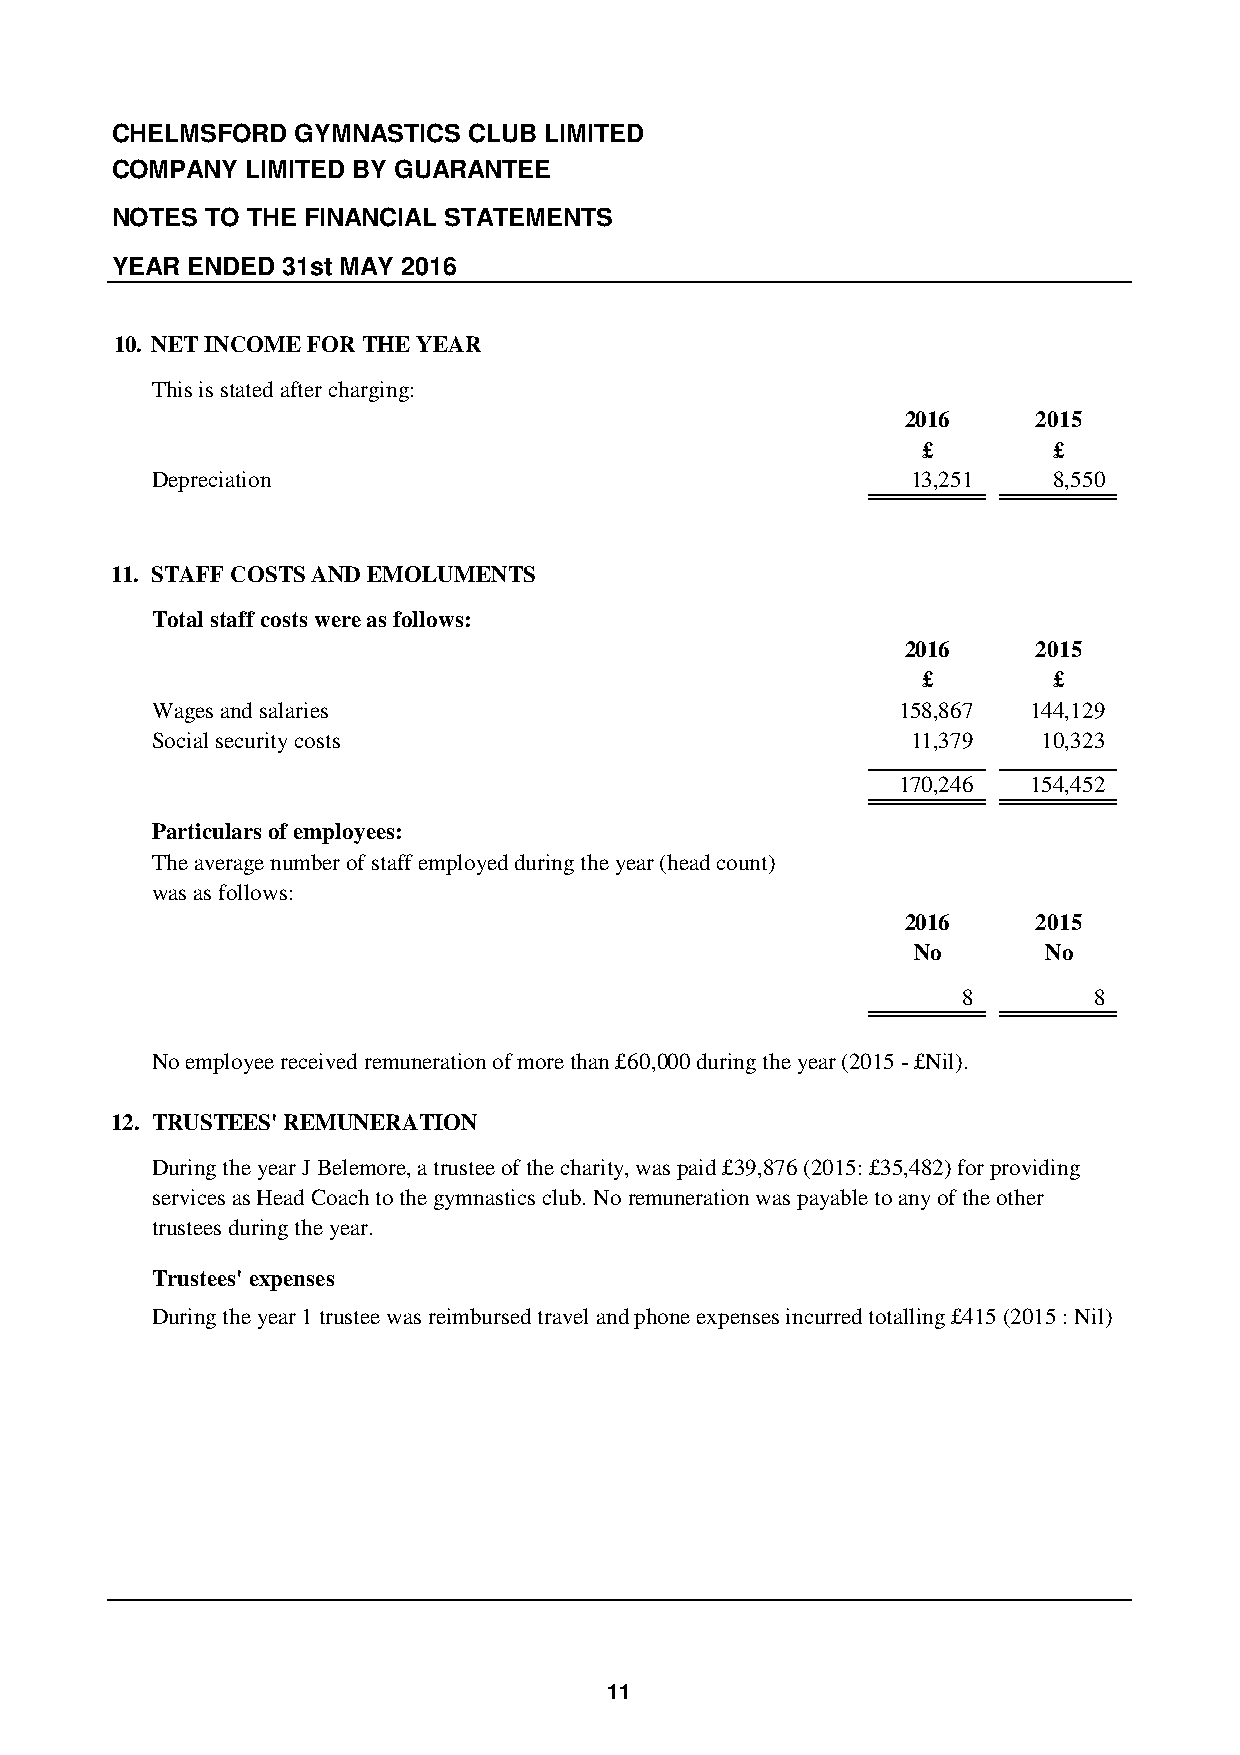
CHELMSFORD   GYMNASTICS CLUB LIMITED
 COMPANY  LIMITED BY GUARANTEE
 NOTES  TO THE FINANCIAL STATEMENTS
 YEAR ENDED  31st MAY 2016
 10. NET INCOME FOR THE YEAR
 This is stated after charging:
 2016     2015
 £        £
 Depreciation                                      13,251    8,550
 11. STAFF COSTS AND EMOLUMENTS
 Total staff costs were as follows:
 2016     2015
 £        £
 Wages and salaries                                158,867 144,129
 Social security costs                             11,379   10,323
 170,246 154,452
 Particulars of employees:
 The average number of staff employed during the year (head count)
 was as follows:
 2016     2015
 No       No
 8       8
 No employee received remuneration of more than £60,000 during the year (2015 - £Nil).
 12. TRUSTEES' REMUNERATION
 During the year J Belemore, a trustee of the charity, was paid £39,876 (2015: £35,482) for providing
 services as Head Coach to the gymnastics club. No remuneration was payable to any of the other
 trustees during the year.
 Trustees' expenses
 During the year 1 trustee was reimbursed travel and phone expenses incurred totalling £415 (2015 : Nil)
 11